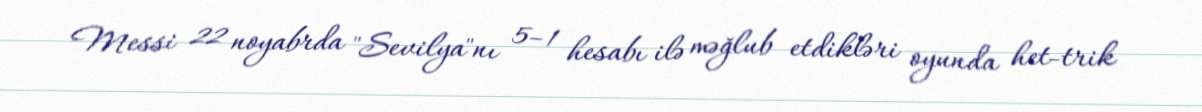
Messi 22 noyabrda "Sevilya"nı 5–1 hesabı ilə məğlub etdikləri oyunda het-trik